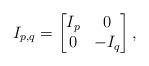
LaTeX: \begin{align*}I_{p,q}=\begin{bmatrix} I_p & 0\\ 0 & -I_q\end{bmatrix},\end{align*}